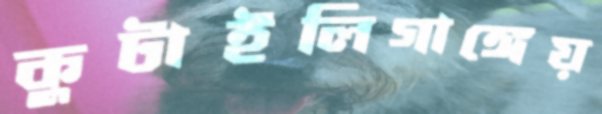
কুটাইলিগাঙ্গেয়